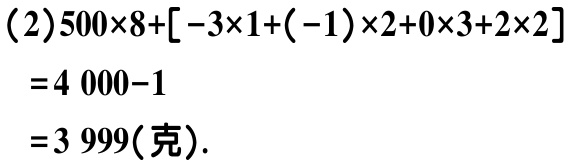
(2)\(500\times8+[-3\times1+(-1)\times2 + 0\times3+2\times2]\)

\(=4000 - 1\)

\(=3999(\text{克})\)